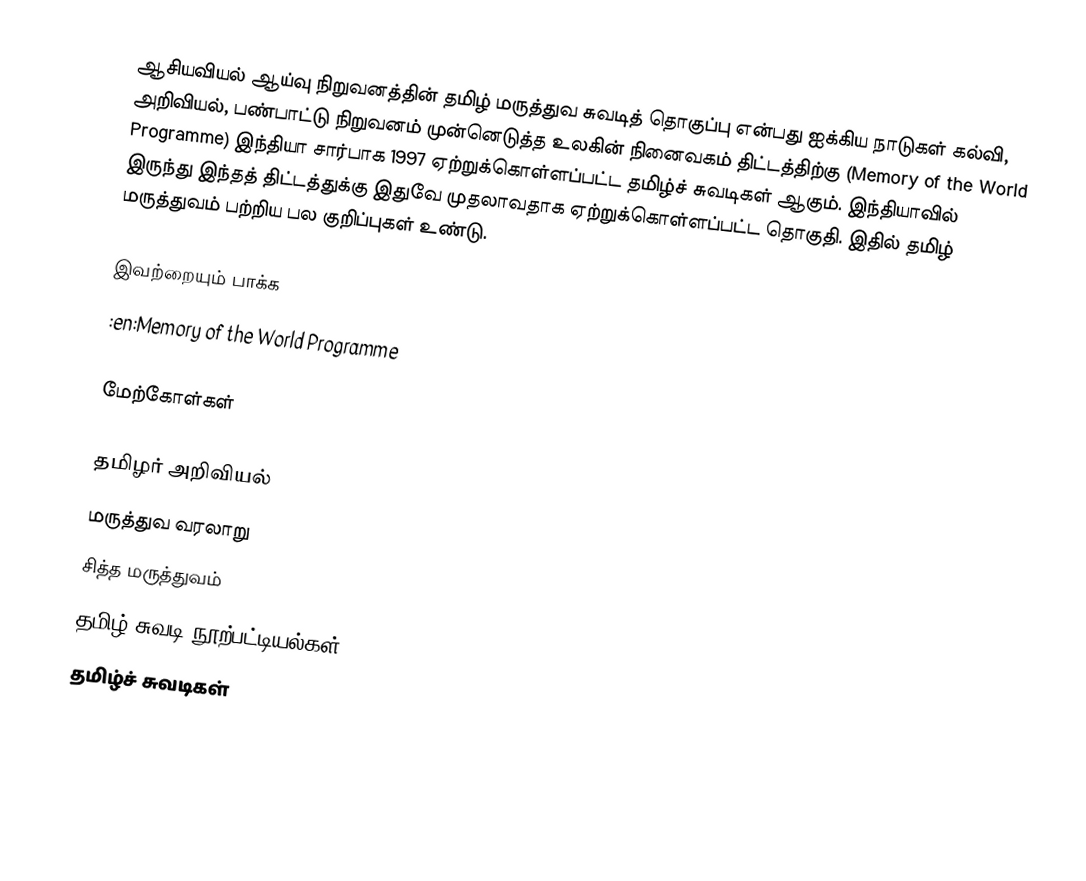
ஆசியவியல் ஆய்வு நிறுவனத்தின் தமிழ் மருத்துவ சுவடித் தொகுப்பு என்பது ஐக்கிய நாடுகள் கல்வி, அறிவியல், பண்பாட்டு நிறுவனம் முன்னெடுத்த உலகின் நினைவகம் திட்டத்திற்கு (Memory of the World Programme) இந்தியா சார்பாக 1997 ஏற்றுக்கொள்ளப்பட்ட தமிழ்ச் சுவடிகள் ஆகும்.  இந்தியாவில் இருந்து இந்தத் திட்டத்துக்கு இதுவே முதலாவதாக ஏற்றுக்கொள்ளப்பட்ட தொகுதி.  இதில் தமிழ் மருத்துவம் பற்றிய பல குறிப்புகள் உண்டு.

இவற்றையும் பாக்க
 :en:Memory of the World Programme

மேற்கோள்கள்

தமிழர் அறிவியல்
மருத்துவ வரலாறு
சித்த மருத்துவம்
தமிழ் சுவடி நூற்பட்டியல்கள்
தமிழ்ச் சுவடிகள்